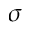
\sigma